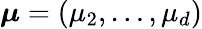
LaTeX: \boldsymbol{\mu}=(\mu_{2},\dots,\mu_{d})